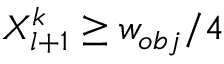
X _ { l + 1 } ^ { k } \ge w _ { o b j } / 4